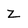
Character: Z